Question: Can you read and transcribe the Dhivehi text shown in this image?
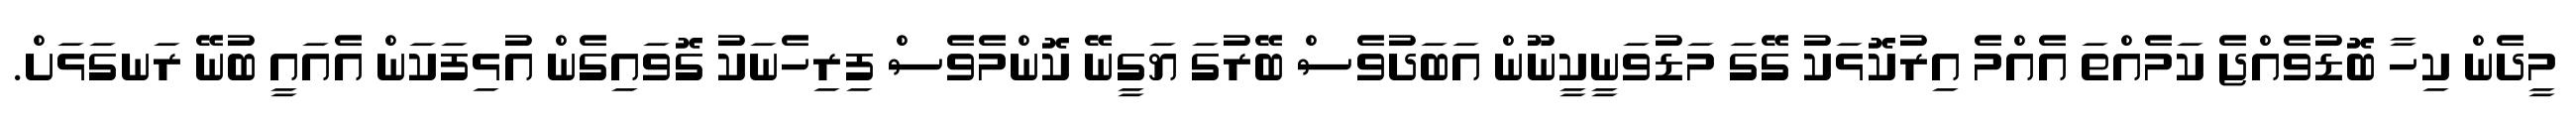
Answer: މީދެން ކިހާ ބޮޑުވެއްޖެ ކަމެއްތަ އެއްމެ އިރުކޮޅަކު ގޭގަ މަޑުވަނީކީނޫން އަބަދުވެސް ބޭރުގަ ޔަގީނޭ ކޮންމެވެސް ފިރިހެނަކު ގޮވައިގެން އުޅިފަކަން އެއައީ ބުނޭ ރަނގަޅަށް.